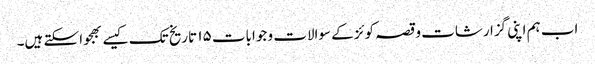
اب ہم اپنی گزارشات و قصہ کوئز کے سوالات و جوابات ۱۵ تاریخ تک کیسے بھجوا سکتے ہیں۔